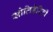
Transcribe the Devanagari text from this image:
सोलिडेरिटी